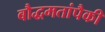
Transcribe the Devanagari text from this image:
बौद्धमतांपैकी